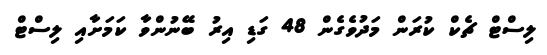
ލިސްޓް ޗެކް ކުރަން މަދުވެގެން 48 ގަޑި އިރު ބޭނުންވާ ކަމަށާއި ލިސްޓް